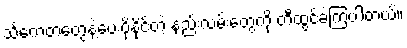
သင်္ကေတတွေနဲ့ပေးပို့နိုင်တဲ့ နည်းလမ်းတွေကို တီထွင်ခဲ့ကြပါတယ်။